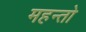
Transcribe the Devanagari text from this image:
महन्तो